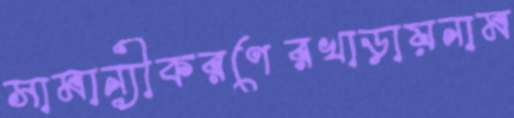
সামান্যীকরণেরখাড়ায়নাম